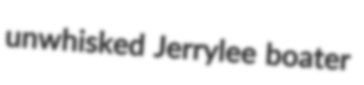
unwhisked Jerrylee boater